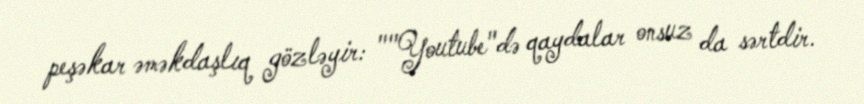
peşəkar əməkdaşlıq gözləyir: ""Youtube"də qaydalar onsuz da sərtdir.